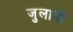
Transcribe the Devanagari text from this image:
जुलाबों